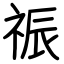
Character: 祳